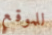
للموقع